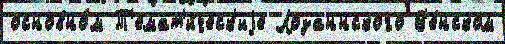
основно́м Т'емат'и́ческ'иjе Лозаннского В'е́нском